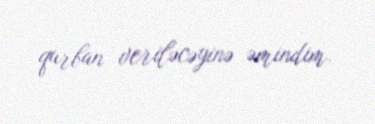
qurban veriləcəyinə əmindim.